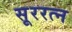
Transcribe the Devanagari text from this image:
सूररत्‍न